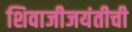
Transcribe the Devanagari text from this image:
शिवाजीजयंतीची